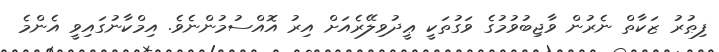
ފިޠުރު ޒަކާތް ނެރުން ވާޖިބުވުމުގެ ވަގުތަކީ ޢީދުވިލޭރެއަށް އިރު އޮއްސުމުންނެވެ. އިމްކާނުގައިވީ އެންމެ